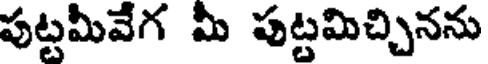
పుట్టమీవేగ మీ పుట్టమిచ్చినను